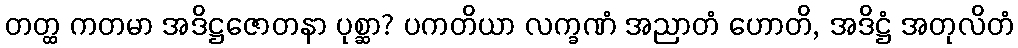
တတ္ထ ကတမာ အဒိဋ္ဌဇောတနာ ပုစ္ဆာ? ပကတိယာ လက္ခဏံ အညာတံ ဟောတိ, အဒိဋ္ဌံ အတုလိတံ